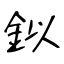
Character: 鉯